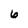
Character: 6